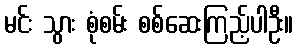
မင်း သွား စုံစမ်း စစ်ဆေးကြည့်ပါဦး။